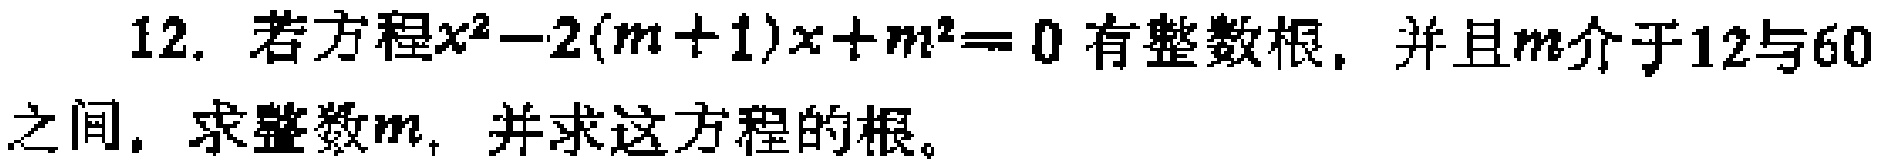
12. 若方程$x^{2}-2(m + 1)x + m^{2}= 0$有整数根，并且$m$介于12与60之间，求整数$m$，并求这方程的根。